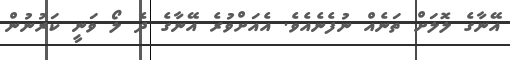
އޭނާގެ ލޮލަށް ތަނެއް ނުފެނެއެވެ. އެއަށްވުރެ އޭނާގެ ދެ ލޯ ވަނީ ކަރުނުން